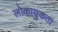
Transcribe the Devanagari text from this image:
लोकायुकता